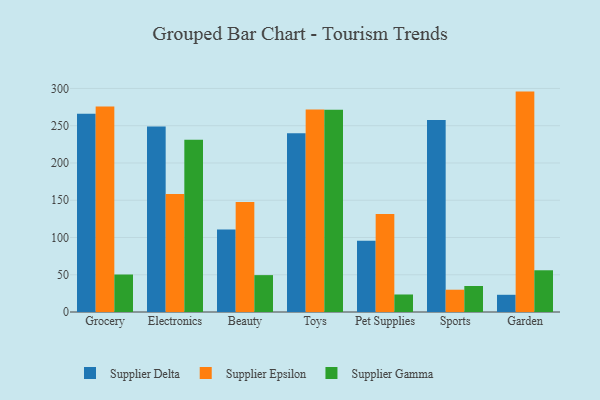
{"axis": {"x": "Category", "y": "Production Output"}, "legend": ["Supplier Delta", "Supplier Epsilon", "Supplier Gamma"], "data": [{"x": "Grocery", "y": 266.2, "type": "Supplier Delta"}, {"x": "Grocery", "y": 275.7, "type": "Supplier Epsilon"}, {"x": "Grocery", "y": 50.3, "type": "Supplier Gamma"}, {"x": "Electronics", "y": 248.9, "type": "Supplier Delta"}, {"x": "Electronics", "y": 158.4, "type": "Supplier Epsilon"}, {"x": "Electronics", "y": 231.3, "type": "Supplier Gamma"}, {"x": "Beauty", "y": 110.8, "type": "Supplier Delta"}, {"x": "Beauty", "y": 147.5, "type": "Supplier Epsilon"}, {"x": "Beauty", "y": 49.5, "type": "Supplier Gamma"}, {"x": "Toys", "y": 239.9, "type": "Supplier Delta"}, {"x": "Toys", "y": 271.8, "type": "Supplier Epsilon"}, {"x": "Toys", "y": 271.5, "type": "Supplier Gamma"}, {"x": "Pet Supplies", "y": 95.6, "type": "Supplier Delta"}, {"x": "Pet Supplies", "y": 131.4, "type": "Supplier Epsilon"}, {"x": "Pet Supplies", "y": 23.5, "type": "Supplier Gamma"}, {"x": "Sports", "y": 257.8, "type": "Supplier Delta"}, {"x": "Sports", "y": 29.9, "type": "Supplier Epsilon"}, {"x": "Sports", "y": 34.9, "type": "Supplier Gamma"}, {"x": "Garden", "y": 23.1, "type": "Supplier Delta"}, {"x": "Garden", "y": 295.8, "type": "Supplier Epsilon"}, {"x": "Garden", "y": 56.0, "type": "Supplier Gamma"}]}